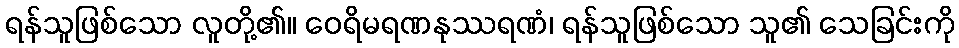
ရန်သူဖြစ်သော လူတို့၏။ ဝေရိမရဏနုဿရဏံ၊ ရန်သူဖြစ်သော သူ၏ သေခြင်းကို